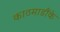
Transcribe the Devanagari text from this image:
काठमाडौंके